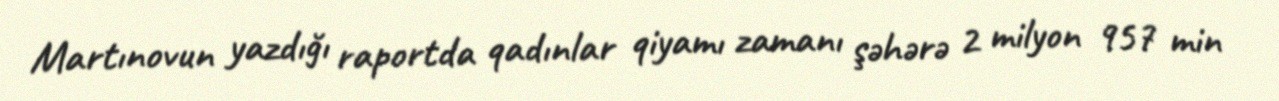
Martınovun yazdığı raportda qadınlar qiyamı zamanı şəhərə 2 milyon 957 min